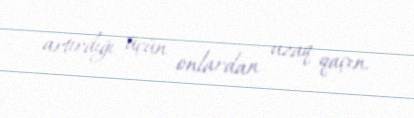
artırdığı üçün onlardan uzaq qaçın.